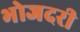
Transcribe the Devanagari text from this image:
भोजदरी